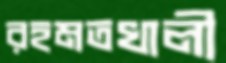
রহমতখালী